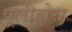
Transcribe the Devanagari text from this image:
पूलीहोरा